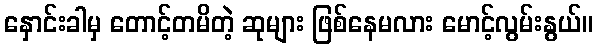
နှောင်းခါမှ တောင့်တမိတဲ့ ဆုများ ဖြစ်နေမလား မောင့်လွမ်းနွယ်။